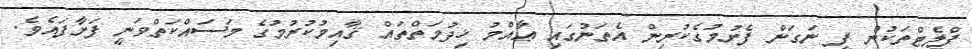
ފްލެޓްތަކުން ފީ ނަގަން ފެށުމުގެކުރިން އެތަނުގައި ޢާއްމު ޚިދުމަތްތައް ޤާއިމުކުރުމުގެ މަސައްކަތްވަނީ ފަށާފައެވެ.